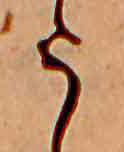
う